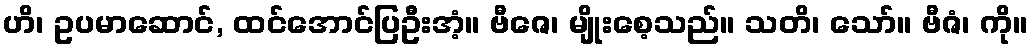
ဟိ၊ ဥပမာဆောင်, ထင်အောင်ပြဦးအံ့။ ဗီဇေ၊ မျိုးစေ့သည်။ သတိ၊ သော်။ ဗီဇံ၊ ကို။